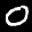
Label: 0